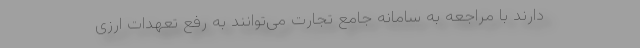
دارند با مراجعه به سامانه جامع تجارت می‌توانند به رفع تعهدات ارزی